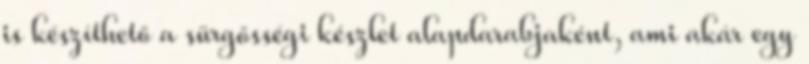
is készíthető a sürgősségi készlet alapdarabjaként, ami akár egy